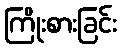
ကြိုးစားခြင်း